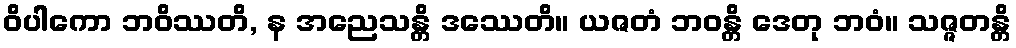
ဝိပါကော ဘဝိဿတိ, န အညေသန္တိ ဒဿေတိ။ ယဇတံ ဘဝန္တိ ဒေတု ဘဝံ။ သဇ္ဇတန္တိ